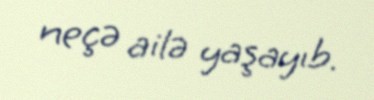
neçə ailə yaşayıb.